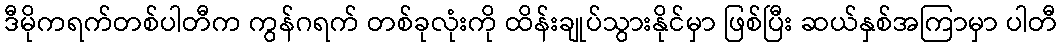
ဒီမိုကရက်တစ်ပါတီက ကွန်ဂရက် တစ်ခုလုံးကို ထိန်းချုပ်သွားနိုင်မှာ ဖြစ်ပြီး ဆယ်နှစ်အကြာမှာ ပါတီ